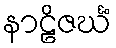
နာဠိဇင်္ဃံ